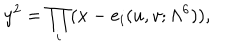
LaTeX: y ^ { 2 } = \prod _ { i } ( x - e _ { i } ( u , v ; \Lambda ^ { 6 } ) ) ,